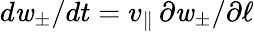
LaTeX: d\mathit{w}_{\pm}/dt=v_{\parallel}\, \partial\mathit{w}_{\pm}/\partial\ell